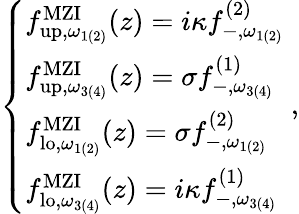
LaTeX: \begin{array}{r}{\left\{ \begin{array}{ll}{{f}_{\mathrm{up},\omega_{1(2)}}^{\mathrm{MZI}}(z)=i\kappa{f}_{-,\omega_{1(2)}}^{\mathrm{(2)}}}\\ {{f}_{\mathrm{up},\omega_{3(4)}}^{\mathrm{MZI}}(z)=\sigma{f}_{-,\omega_{3(4)}}^{\mathrm{(1)}}}\\ {{f}_{\mathrm{lo},\omega_{1(2)}}^{\mathrm{MZI}}(z)=\sigma{f}_{-,\omega_{1(2)}}^{\mathrm{(2)}}}\\ {{f}_{\mathrm{lo},\omega_{3(4)}}^{\mathrm{MZI}}(z)=i\kappa{f}_{-,\omega_{3(4)}}^{\mathrm{(1)}}}\end{array}\right.\ ,}\end{array}